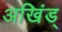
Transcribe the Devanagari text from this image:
अखिंड्